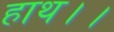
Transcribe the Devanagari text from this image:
हाथ।।